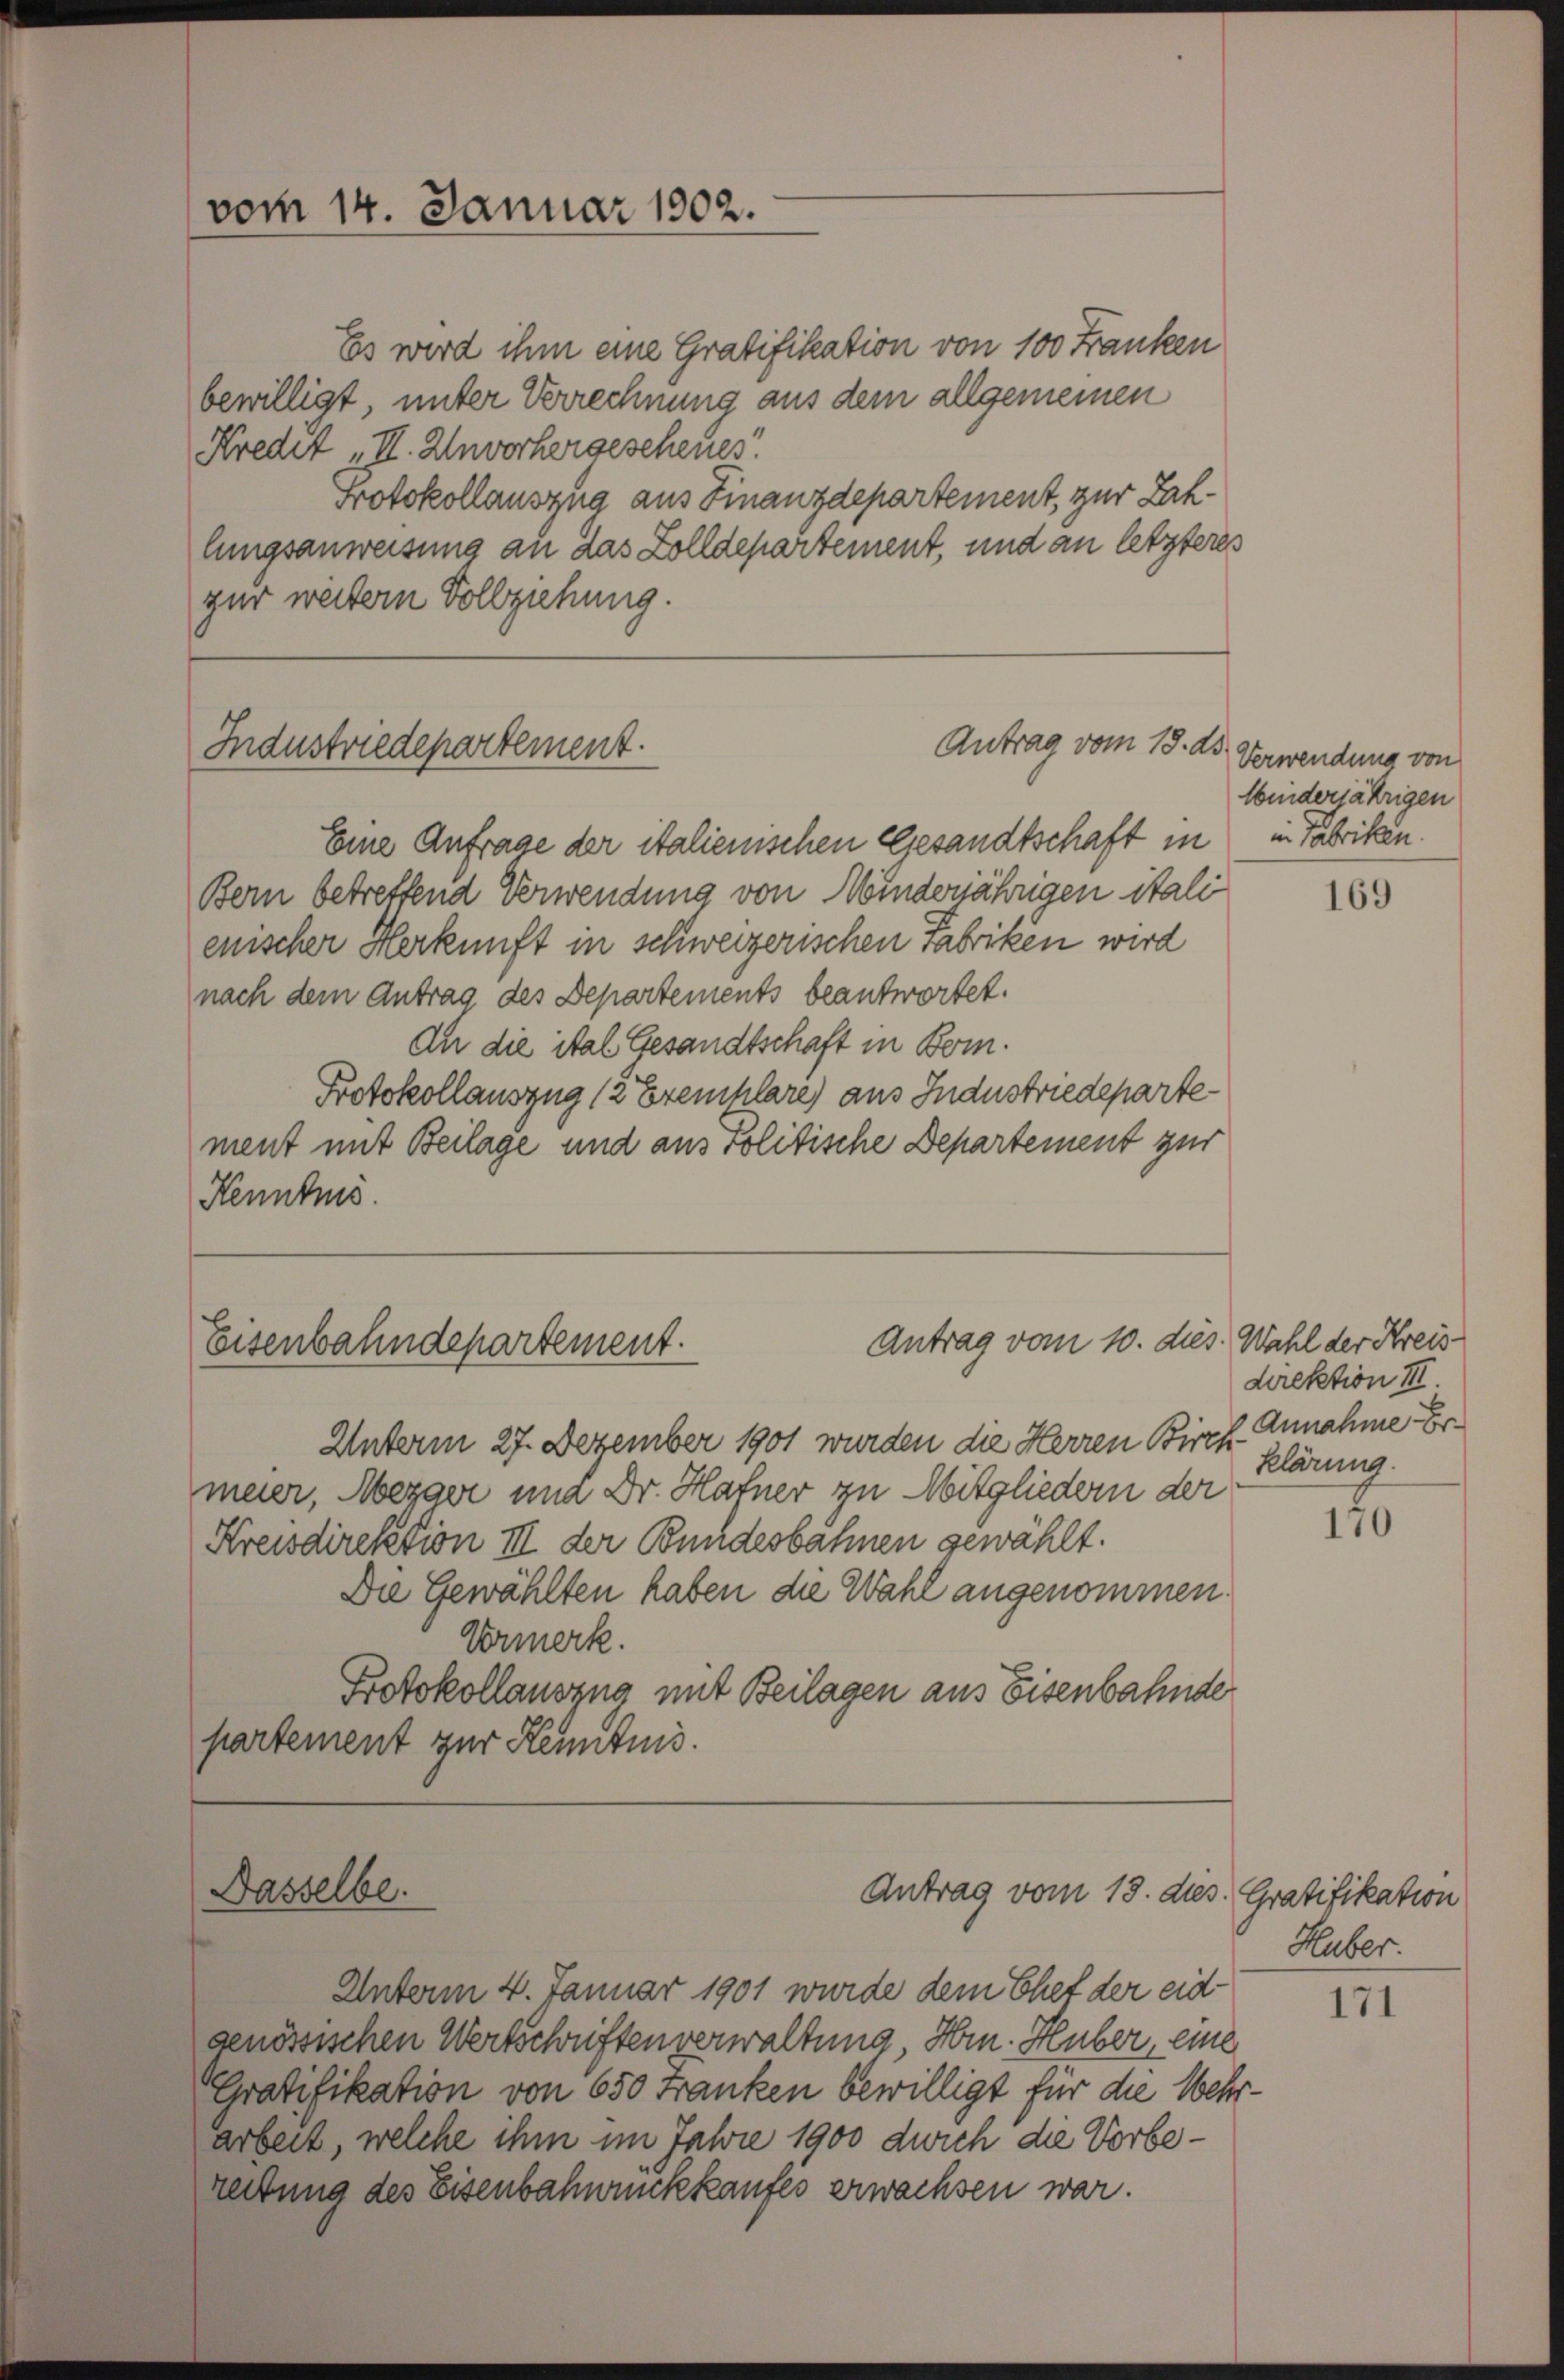
vom 14. Januar 1902.

Es wird ihm eine Gratifikation von 100 Franken
bewilligt unter Verrechnung aus dem allgemeinen
Kredit „II. Unvorhergesehener
Protokollauszug aus Finanzdepartement, zur Zahlungsanweisung an das Zolldepartement, und an letzteres
zur weitern Vollziehung.

Industriedepartement.

Eine Anfrage der italienischen Gesandtschaft in in Fabriken.
Bern betreffend Verwendung von Winderjährigen itali
enischer Herkunft in schweizerischen Fabriken wird
nach dem Antrag des Departements beantwortet.
An die ital Gesandtschaft in Bom.
Protokollauszug (2 Ereiklare) aus Industriedeparte
ment mit Beilage und aus Politische Departement zur
Kenntnis.

Eisenbahndepartement.

Dasselbe.

Antrag vom 18. ds. Verwendung von

Antrag vom 10. dies. Wahl der Kreis

Unterm 27. Dezember 1901 wurden die Herren Birch Annahme Ermeier, Mezger und Dr. Hafner zu Mitgliedern der
Kreisdirektion III der Bundesbahnen gewählt.
Die Gewählten haben die Wahl angenommen.
Vormerk.
Protokollauszug mit Beilagen aus Eisenbahnde
partement zur Kenntnis.

Antrag vom 18. dies

Unterm 4. Januar 1901 wurde dem Chet der eidgenössischen Wertschriftenverwaltung Hrn. Huber, eine
Gratifikation von 650 Franken bewilligt für die Wehrarbeit, welche ihm im Jahre 1900 durch die Vorbereitung des Eisenbahnuckkaufes erwachsen war.

linderjährigen

169

direktion III.
klärung.

170

Gratifikation
Huber.

171